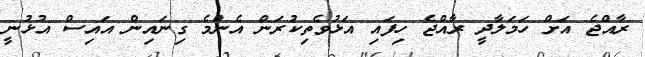
ރާއްޖެ އަށް ހަމަލާދީ ރާއްޖެ ހިފައި އަޅުވެތިކުރަން އެންމެ ގިނައިން އައިސް އުޅުނީ